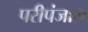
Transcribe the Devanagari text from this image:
परीपंजाल